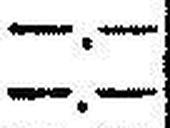
—.—